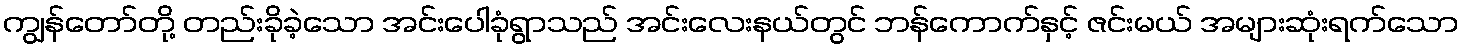
ကျွန်တော်တို့ တည်းခိုခဲ့သော အင်းပေါခုံရွာသည် အင်းလေးနယ်တွင် ဘန်ကောက်နှင့် ဇင်းမယ် အများဆုံးရက်သော